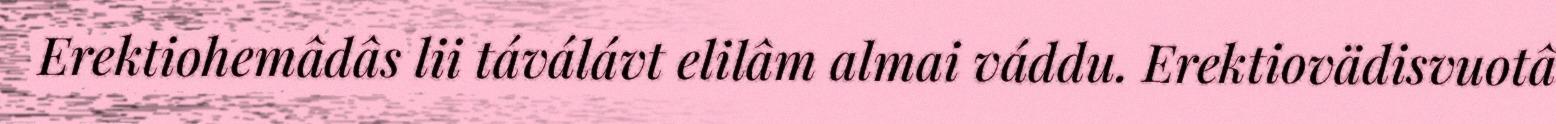
Erektiohemâdâs lii táválávt elilâm almai váddu. Erektiovädisvuotâ